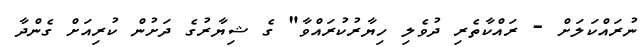
ނުރައްކަލަށް - ރައްކާތެރި ދުވެލި ހިޔާރުކުރައްވާ" ގެ ޝިޔާރުގެ ދަށުން ކުރިއަށް ގެންދާ